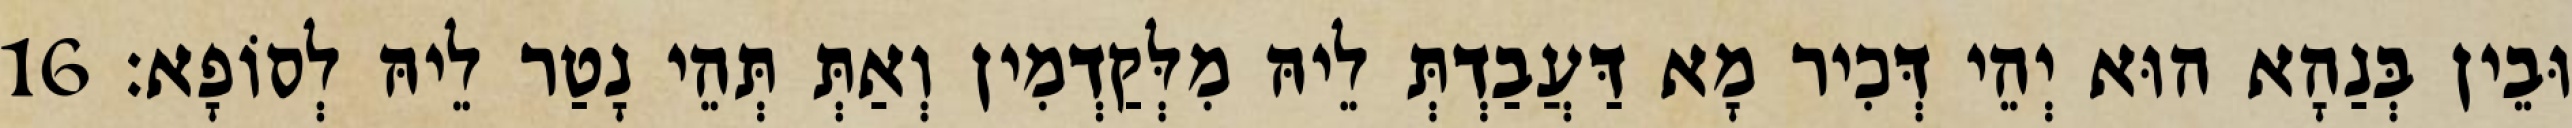
וּבֵין בְּנַהָא הוּא יְהֵי דְּכִיר מָא דַּעֲבַדְתְּ לֵיהּ מִלְּקַדְמִין וְאַתְּ תְּהֵי נָטַר לֵיהּ לְסוֹפָא׃ 16